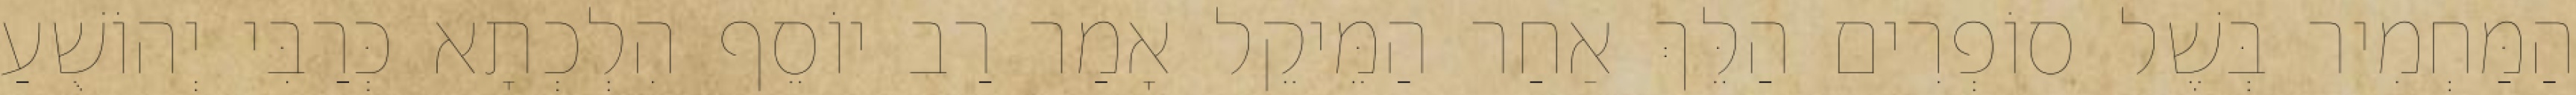
הַמַּחְמִיר בְּשֶׁל סוֹפְרִים הַלֵּךְ אַחַר הַמֵּיקֵל אָמַר רַב יוֹסֵף הִלְכְתָא כְּרַבִּי יְהוֹשֻׁעַ